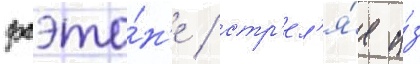
фаэто́н'е / стр'ел'я́я и́з